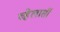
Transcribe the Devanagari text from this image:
व्हेलार्सी